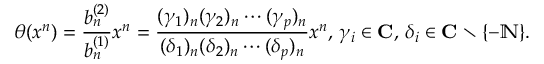
\theta ( x ^ { n } ) = { \frac { b _ { n } ^ { ( 2 ) } } { b _ { n } ^ { ( 1 ) } } } x ^ { n } = { \frac { ( \gamma _ { 1 } ) _ { n } ( \gamma _ { 2 } ) _ { n } \cdots ( \gamma _ { p } ) _ { n } } { ( \delta _ { 1 } ) _ { n } ( \delta _ { 2 } ) _ { n } \cdots ( \delta _ { p } ) _ { n } } } x ^ { n } , \, \gamma _ { i } \in \mathbf { C } , \, \delta _ { i } \in \mathbf { C } \setminus \{ - \mathbb { N } \} .